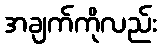
အချက်ကိုလည်း